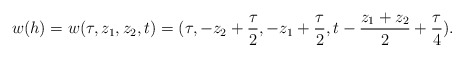
\begin{align*}w(h)=w(\tau, z_1, z_2, t)=(\tau, -z_2+\frac{\tau}{2},-z_1+\frac{\tau}{2}, t-\frac{z_1+z_2}{2}+\frac{\tau}{4}).\end{align*}